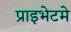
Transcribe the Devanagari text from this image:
प्राइभेटमे